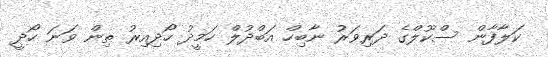
ކަލާފާން ސްކޫލްގެ ދަރިވަރު ނާބިހް އަބްދުލް ހަމީދު ހޯދިއިރު ތިން ވަނަ ހޯދީ